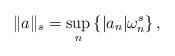
LaTeX: \begin{align*}\| a \|_s = \sup_{n} \left\{ |a_n| \omega_n^s \right\},\end{align*}